Problem: 5 × 8 = ?
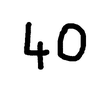
Handwritten answer: 40